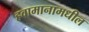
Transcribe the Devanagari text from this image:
हवामानामधील